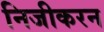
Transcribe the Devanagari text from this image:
निजीकरन